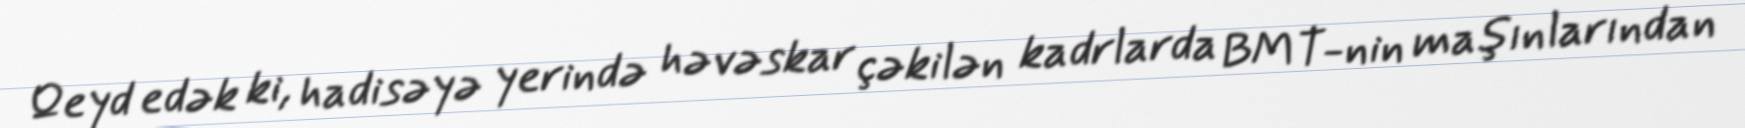
Qeyd edək ki, hadisəyə yerində həvəskar çəkilən kadrlarda BMT-nin maşınlarından